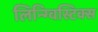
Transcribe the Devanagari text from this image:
लिन्ग्विस्टिक्स